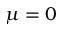
\mu = 0